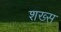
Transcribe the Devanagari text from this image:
शख्‍स